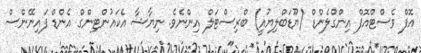
އޮފް ވެސްޓްއޮފް އިންގްލެންޑް (ޔޫޑަބްލިޔުއީ) ބްރިސްޓަލް އިންނެވެ. ނިޔާޝާ އެކައުންޓިންގް އެންޑް ފައިނޭންސް